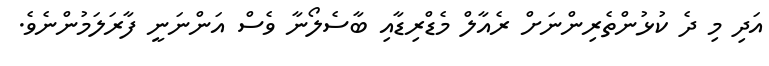
އަދި މި ދެ ކުޅުންތެރިންނަށް ރެއާލް މެޑްރިޑާއި ބާސެލޯނާ ވެސް އަންނަނީ ފާރަލަމުންނެވެ.